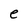
Character: e